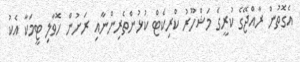
އެގޮތުން ރާއްޖޭގެ ކުރީގެ މަޝްހޫރު ކްރިކެޓް ކުޅުންތެރިންނާއި ރަށުން ހޮވާލި ޓީމަކާ އެކު